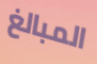
المبالغ